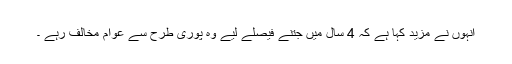
انہوں نے مزید کہا ہے کہ 4 سال میں جتنے فیصلے لیے وہ پوری طرح سے عوام مخالف رہے ۔